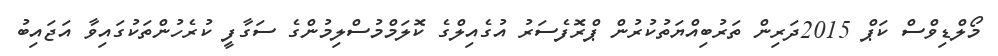
މޯލްޑިވްސް ކަޕް 2015ދަރިން ތަރުބިއްޔަތުކުރުން ޕްރޮފެސަރު އުގެއިލްގެ ކޮލަމްމުސްލިމުންގެ ސަގާފީ ކުރެހުންތަކުގައިވާ އަޖައިބު